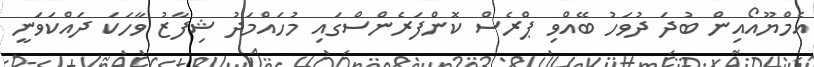
އެމްޔޫއޯއިން ބުދަ ދުވަހު ބޭއްވި ޕްރެސް ކޮންފަރެންސްގައި މުހައްމަދު ޝިފާޒު ވާހަކަ ދައްކަވަނީ